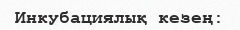
Инкубациялық кезең: